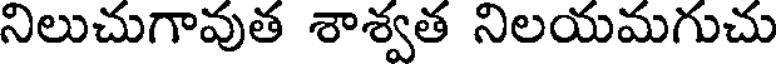
నిలుచుగావుత శాశ్వత నిలయమగుచు